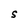
Character: S